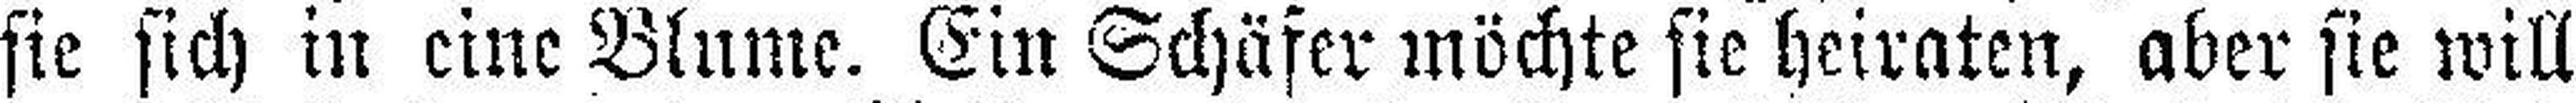
sie sich in eine Blume. Ein Schäfer möchte sie heiraten, aber sie will